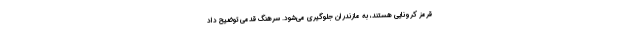
قرمز کرونایی هستند، به مازندران جلوگیری می‌شود. سرهنگ قدمی توضیح داد